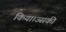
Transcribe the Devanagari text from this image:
किया।उसकी